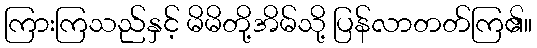
ကြားကြသည်နှင့် မိမိတို့အိမ်သို့ ပြန်လာတတ်ကြ၏။